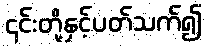
၎င်းတို့နှင့်ပတ်သက်၍